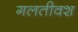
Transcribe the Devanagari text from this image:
गलतीवश